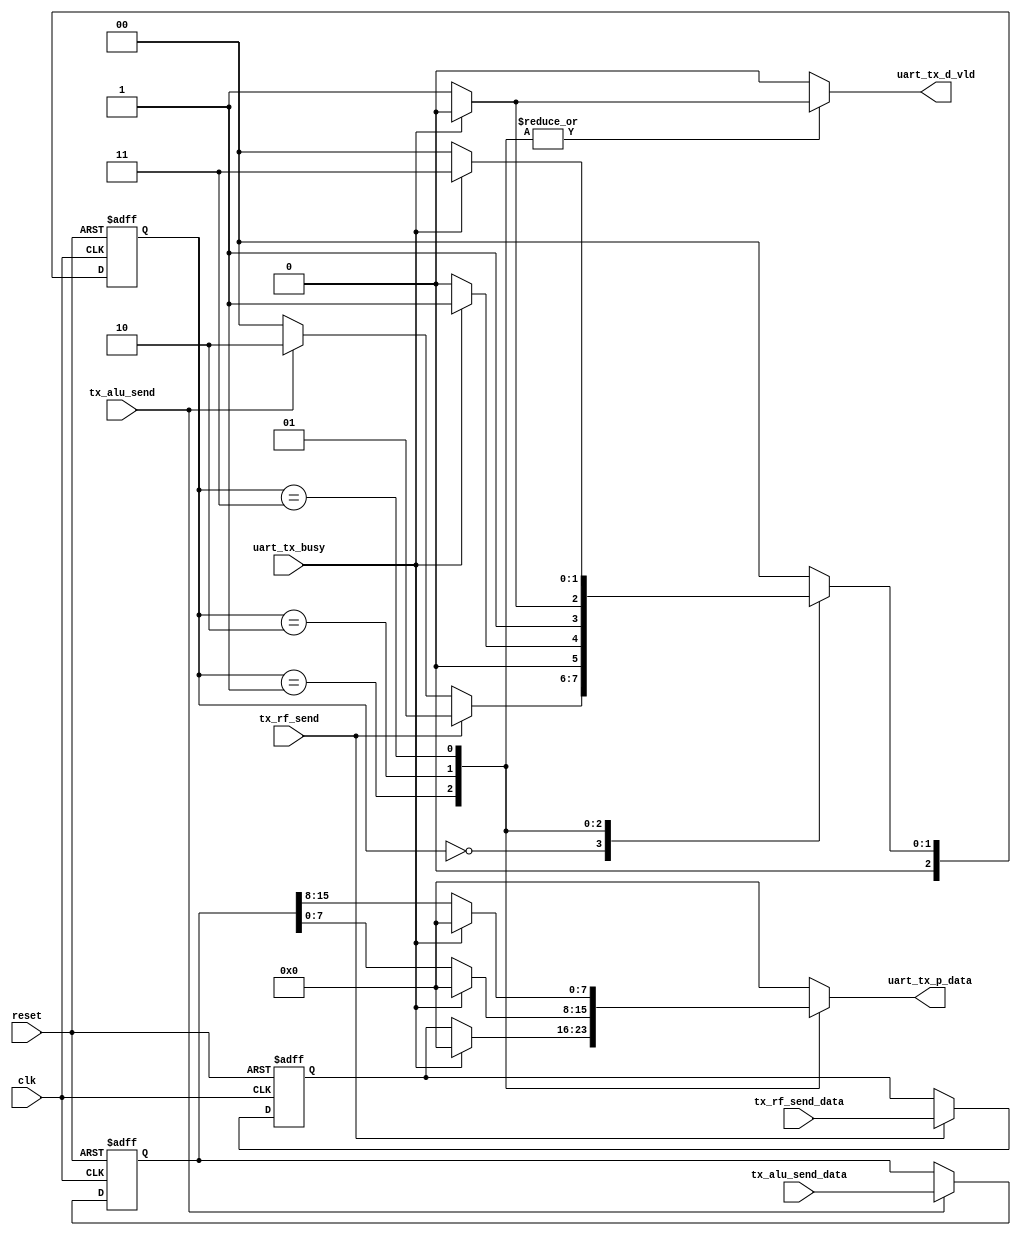
module CTRL_TX #(parameter DATA_WIDTH = 8, RF_ADDR = 4) (
    input   wire                        clk,
    input   wire                        reset,

    input   wire                        tx_rf_send,
    input   wire                        tx_alu_send,
    input   wire    [DATA_WIDTH-1:0]    tx_rf_send_data,
    input   wire    [2*DATA_WIDTH-1:0]  tx_alu_send_data,


    input   wire                        uart_tx_busy,
    output  reg     [DATA_WIDTH-1:0]    uart_tx_p_data,
    output  reg                         uart_tx_d_vld

);


localparam  [1:0]       IDLE_S          = 2'b00 , 
                        SEND_UART_RF    = 2'b01 ,
                        SEND_UART_ALU0  = 2'b10 ,
                        SEND_UART_ALU1  = 2'b11 ;

reg [2:0] current_state, next_state ;

reg [2*DATA_WIDTH-1:0]  tx_alu_send_data_reg;
reg [DATA_WIDTH-1:0]   tx_rf_send_data_reg;


// state update
always @(posedge clk, negedge reset) begin
    if(!reset)
        current_state <= IDLE_S;
    else
        current_state <= next_state;
end

// next state logic
always @(*) begin
    case (current_state)
        IDLE_S:
            begin
                if (tx_rf_send) begin
                    next_state = SEND_UART_RF;
                end else if (tx_alu_send) begin
                    next_state = SEND_UART_ALU0;
                end else begin
                    next_state = IDLE_S;
                end
            end
        SEND_UART_RF:
            begin
                if (!uart_tx_busy) begin
                    next_state = IDLE_S;
                end else begin
                    next_state = SEND_UART_RF;
                end
            end
        SEND_UART_ALU0:
            begin
                if (!uart_tx_busy) begin
                    next_state = SEND_UART_ALU1;
                end else begin
                    next_state = SEND_UART_ALU0;
                end
            end
        SEND_UART_ALU1:
            begin
                if (!uart_tx_busy) begin
                    next_state = IDLE_S;
                end else begin
                    next_state = SEND_UART_ALU1;
                end
            end 
        default: 
            next_state <= IDLE_S;
    endcase
end

// output logic
always @(*) begin
    uart_tx_p_data = 'b0;
    uart_tx_d_vld  = 1'b0;
    case (current_state)
        IDLE_S:
            begin
                
            end
        SEND_UART_RF:
            begin
                if(!uart_tx_busy) begin
                    uart_tx_p_data = tx_rf_send_data_reg ;
                    uart_tx_d_vld  = 1'b1;
                end else begin
                    uart_tx_p_data = 'b0 ;
                    uart_tx_d_vld  = 1'b0 ;
                end
            end
        SEND_UART_ALU0:
            begin
                if(!uart_tx_busy) begin
                    uart_tx_p_data = tx_alu_send_data_reg[DATA_WIDTH-1:0] ;
                    uart_tx_d_vld  = 1'b1;
                end else begin
                    uart_tx_p_data = 'b0 ;
                    uart_tx_d_vld  = 1'b0 ;
                end
            end
        SEND_UART_ALU1:
            begin
                if(!uart_tx_busy) begin
                    uart_tx_p_data = tx_alu_send_data_reg[2*DATA_WIDTH-1:DATA_WIDTH] ;
                    uart_tx_d_vld  = 1'b1;
                end else begin
                    uart_tx_p_data = 'b0 ;
                    uart_tx_d_vld  = 1'b0 ;
                end
            end 
        default: 
            begin
                uart_tx_p_data = 'b0;
                uart_tx_d_vld  = 1'b0;
            end
    endcase
end


always @(posedge clk, negedge reset) begin
    if(!reset)
        tx_rf_send_data_reg <= 'b0;
    else
        if (tx_rf_send) begin
            tx_rf_send_data_reg <= tx_rf_send_data;
        end
end

always @(posedge clk, negedge reset) begin
    if(!reset)
        tx_alu_send_data_reg <= 16'b0;
    else
        if (tx_alu_send) begin
            tx_alu_send_data_reg <= tx_alu_send_data;
        end
end

endmodule